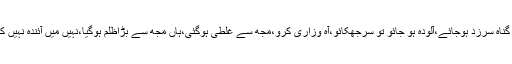
پھرجب گناہ سرزد ہوجائے،آلودہ ہو جائو تو سرجھکائو،آہ وزاری کرو،مجھ سے غلطی ہوگئی،ہاں مجھ سے بڑاظلم ہوگیا،نہیں میں آئندہ نہیں کروں گا۔